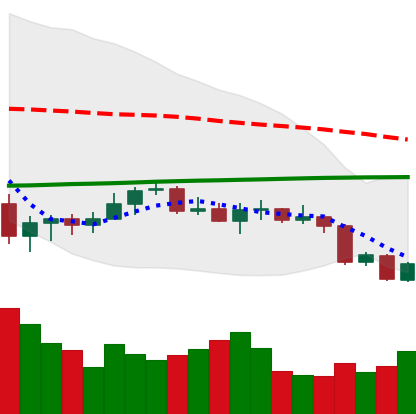
Ticker: XLM-USD
Chart end date: 2020-09-24
Forward return: 5.357%
Label: up_5_7